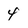
Character: 4